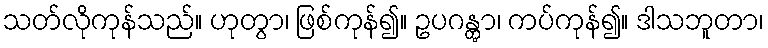
သတ်လိုကုန်သည်။ ဟုတွာ၊ ဖြစ်ကုန်၍။ ဥပဂန္တွာ၊ ကပ်ကုန်၍။ ဒါသဘူတာ၊